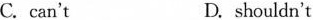
C. can't D. shouldn't